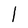
Character: l